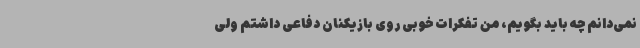
نمی‌دانم چه باید بگویم، من تفکرات خوبی روی بازیکنان دفاعی داشتم ولی